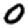
Digit: 0